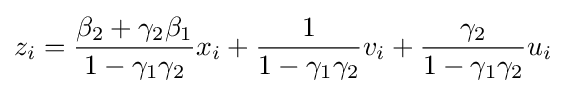
z_{i}={\frac {\beta _{2}+\gamma _{2}\beta _{1}}{1-\gamma _{1}\gamma _{2}}}x_{i}+{\frac {1}{1-\gamma _{1}\gamma _{2}}}v_{i}+{\frac {\gamma _{2}}{1-\gamma _{1}\gamma _{2}}}u_{i}